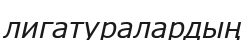
лигатуралардың